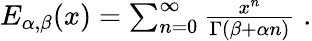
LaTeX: \begin{array}{r}{E_{\alpha,\beta}(x)=\sum_{n=0}^{\infty}\frac{x^{n}}{\Gamma(\beta+\alpha n)}\; .}\end{array}